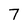
Character: 7